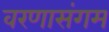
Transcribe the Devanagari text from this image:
वरणासंगम